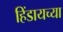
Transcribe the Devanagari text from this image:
हिंडायच्या